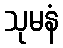
သုမနံ